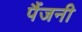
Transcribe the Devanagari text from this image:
पैंजनी